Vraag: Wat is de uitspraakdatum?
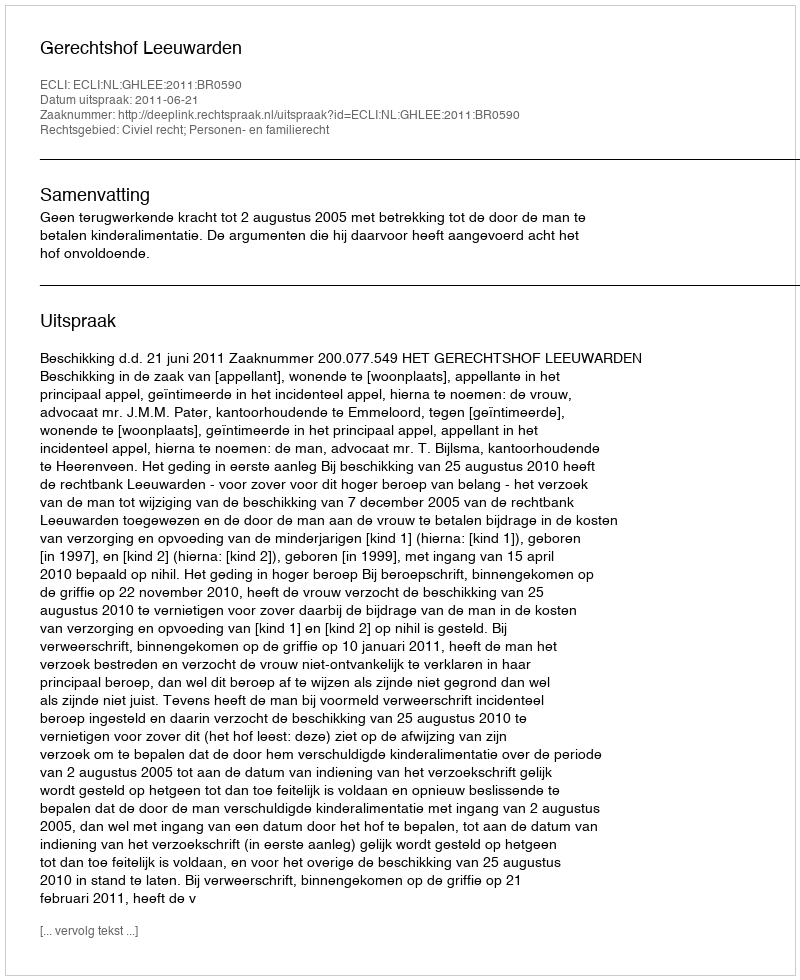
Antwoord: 2011-06-21